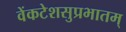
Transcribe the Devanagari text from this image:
वेंकटेशसुप्रभातम्